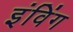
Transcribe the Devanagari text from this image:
इंविंग